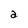
Character: a